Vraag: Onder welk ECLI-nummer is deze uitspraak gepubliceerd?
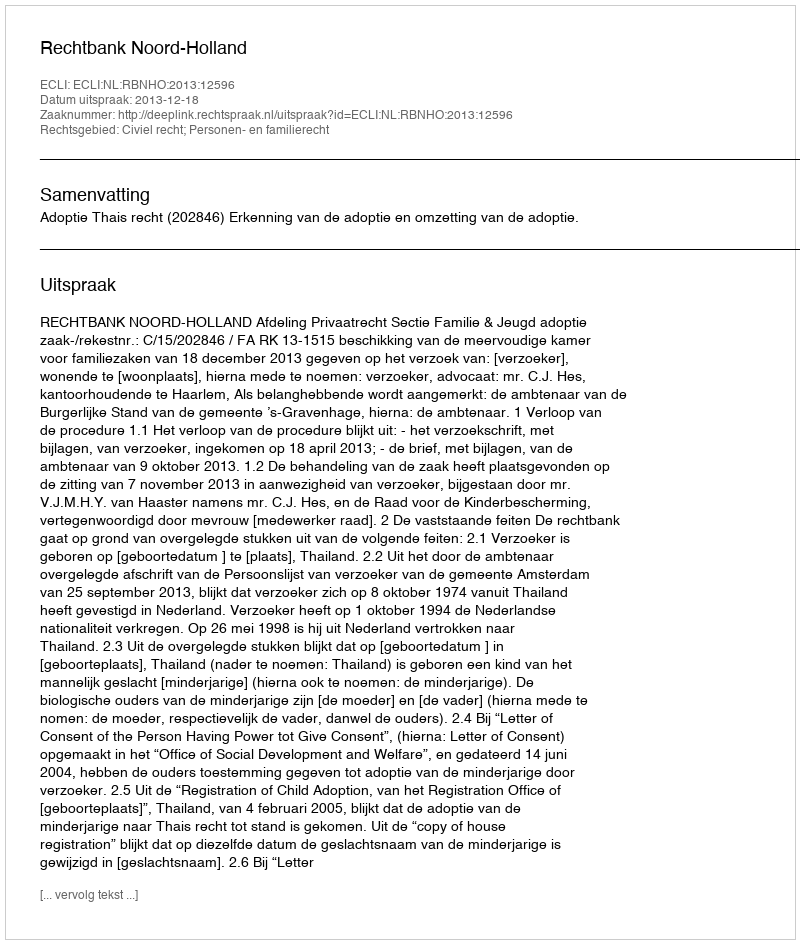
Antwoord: ECLI:NL:RBNHO:2013:12596